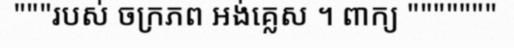
"""របស់ ចក្រភព អង់គ្លេស ។ ពាក្យ """""""